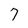
Character: 7